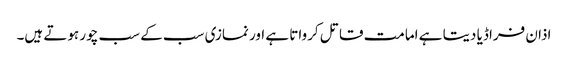
اذان فراڈیا دیتا ہے امامت قاتل کرواتا ہے اور نمازی سب کے سب چور ہوتے ہیں۔